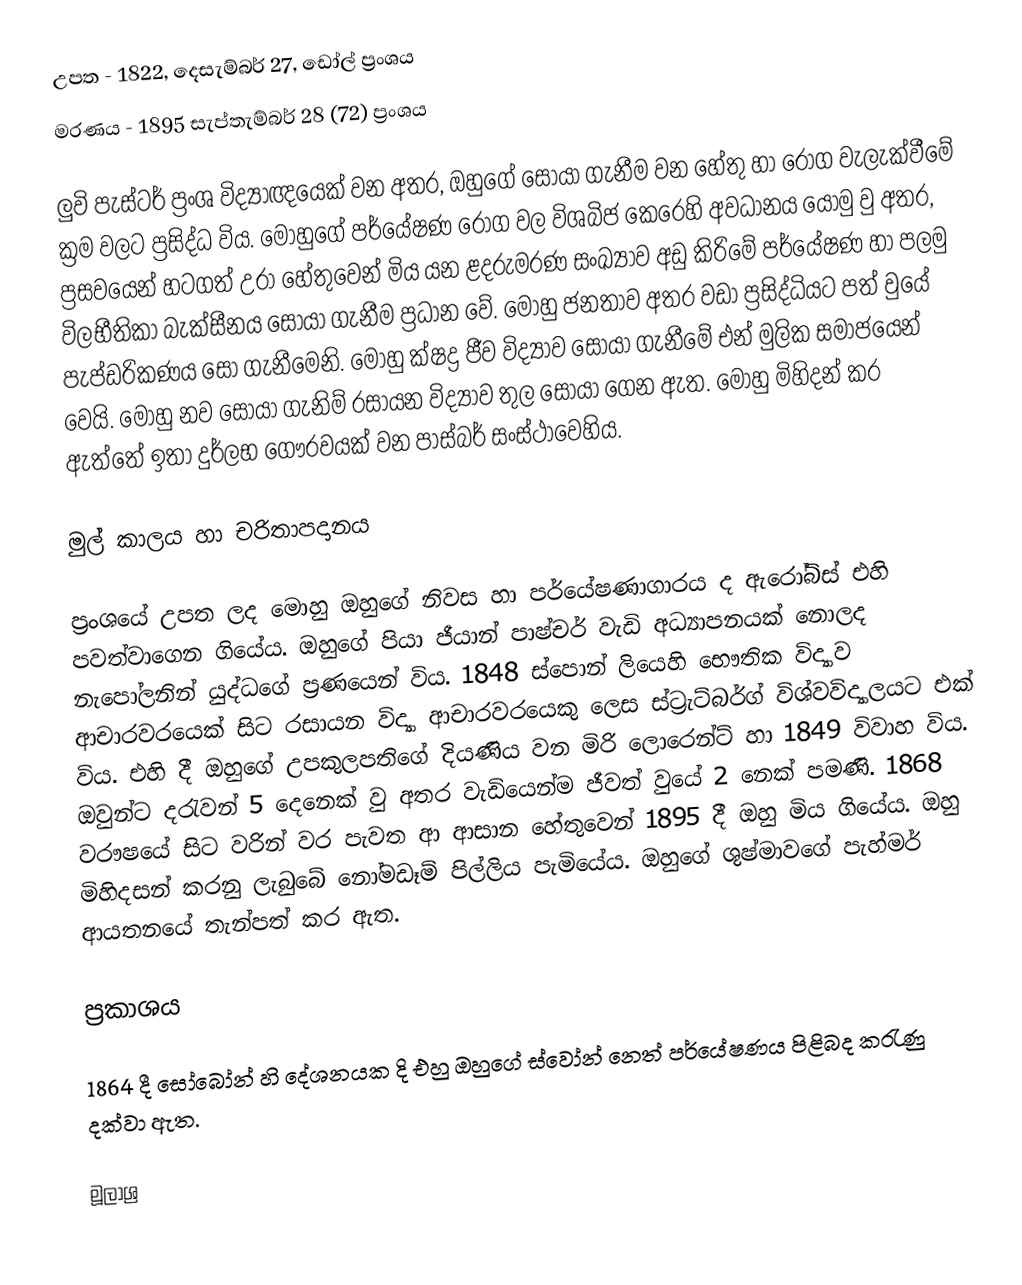
උපත 		- 	1822, දෙසැම්බර් 27, ඩෝල් ප්‍රංශය
මරණය		-	1895 ‍සැප්තැම්බර් 28 (72) ප්‍රංශය

ලුවි පැස්ටර් ප්‍රංශ විද්‍යාඥයෙක් වන අතර, ඔහුගේ සොයා ගැනීම වන හේතු හා රෝග වැලැක්වීමේ ක්‍රම වලට ප්‍රසිද්ධ විය. මොහුගේ පර්යේෂණ රෝග වල විශබිජ කෙරෙහි අවධානය යොමු වු අතර, ප්‍රසවයෙන් හටගත් උරා හේතුවෙන් මිය යන ළදරුමරණ සංඛ්‍යාව අඩු කිරිමේ පර්යේෂණ හා පලමු විලභීතිකා බැක්සීනය සොයා ගැනීම ප්‍රධාන වේ. මොහු ජනතාව අතර වඩා ප්‍රසිද්ධියට පත් වුයේ පැප්ඩරිකණය සො ගැනීමෙනි. මොහු ක්ෂද්‍ර ජීව විද්‍යාව සොයා ගැනීමේ එන් මුලික සමාජයෙන් වෙයි. මොහු නව සොයා ගැනිම් රසායන විද්‍යාව තුල සොයා ගෙන ඇත. මොහු මිහිදන් කර ඇත්තේ ඉතා දුර්ලභ ගෞරවයක් වන පාස්බර් සංස්ථාවෙහිය.

මුල් කාලය හා චරිතාපදානය

ප්‍රංශයේ උපත ලද මොහු ඔහුගේ නිවස හා පර්යේෂණාගාරය  ද ඇරෝබිස් එහි පවත්වාගෙන ගියේය. ඔහු‍‍ගේ පියා ජීයාන් පාෂ්චර් වැඩි අධ්‍යාපනයක් නොලද නැපෝලනින් යුද්ධගේ ප්‍රණයෙන් විය. 1848 ස්පොන් ලියෙහි භෞතික විද්‍යාව ආචාරවරයෙක් සිට රසායන විද්‍යා ආචාරවරයෙකු ලෙස ස්ට්‍රැට්බර්ග් විශ්වවිද්‍යාලයට එක් විය. එහි දී ඔහුගේ උපකුලපතිගේ දියණිය වන මිරි ලොරෙන්ට් හා 1849 විවාහ විය. ඔවුන්ට දරැවන් 5 දෙනෙක් වු අතර වැඩියෙන්ම ජීවත් වුයේ 2 නෙක් පමණි. 1868 වරෟෂයේ සිට වරින් වර පැවත ආ ආසාන හේතුවෙන් 1895 දී ඔහු මිය ගියේය. ඔහු මිහිදසන් කරනු ලැබුබේ නෝමඩෑම් පිල්ලිය පැමියේය. ඔහුගේ ශුෂ්මාවගේ පැහ්මර් ආයතනයේ තැන්පත් කර ඇත.

ප්‍රකාශය

1864 දී සෝබෝන් හි දේශනයක දි එහු ඔහුගේ ස්වෝන් නෙත් පර්යේෂණය පිළිබද කරැණු දක්වා ඇත.

මූලාශ්‍ර